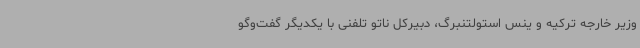
وزیر خارجه ترکیه و ینس استولتنبرگ، دبیرکل ناتو تلفنی با یکدیگر گفت‌وگو